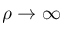
\rho \to \infty